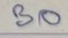
30